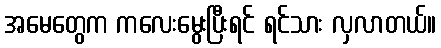
အမေတွေက ကလေးမွေးပြီးရင် ရင်သား လှလာတယ်။